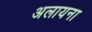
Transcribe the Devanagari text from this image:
अलायना